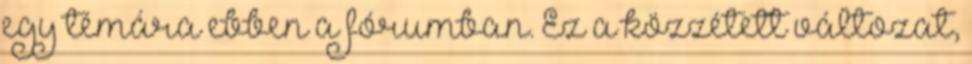
egy témára ebben a fórumban. Ez a közzétett változat,